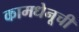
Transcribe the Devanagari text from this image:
कामधेनूची